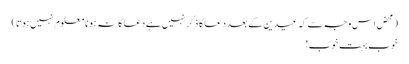
(محض اس وجہ سے کہ عیدین کے بعد دعا کا ذکر نہیں ہے دعا کا نہ ہونا معلوم نہیں ہوتا)
خوب بہت خوب!